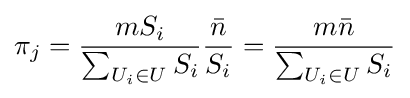
\pi _{j}={\frac {mS_{i}}{\sum _{U_{i}\in U}S_{i}}}{\frac {\bar {n}}{S_{i}}}={\frac {m{\bar {n}}}{\sum _{U_{i}\in U}S_{i}}}